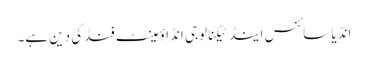
انڈیا سائنس اینڈ ٹیکنالوجی اِنڈاؤمینٹ فنڈکی دین ہے۔